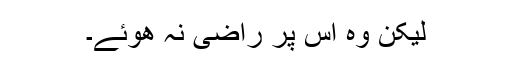
لیکن وہ اس پر راضی نہ ھوئے۔